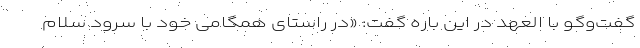
گفت‌و‌گو با العهد در این باره گفت: «در راستای همگامی خود با سرود سلام